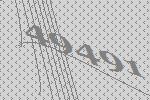
49491